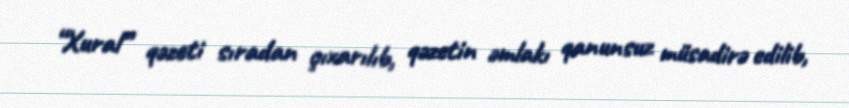
“Xural” qəzeti sıradan çıxarılıb, qəzetin əmlakı qanunsuz müsadirə edilib,